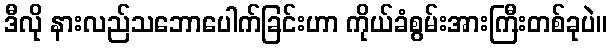
ဒီလို နားလည်သဘောပေါက်ခြင်းဟာ ကိုယ်ခံစွမ်းအားကြီးတစ်ခုပဲ။